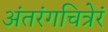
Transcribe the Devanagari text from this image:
अंतरंगचित्रेरं